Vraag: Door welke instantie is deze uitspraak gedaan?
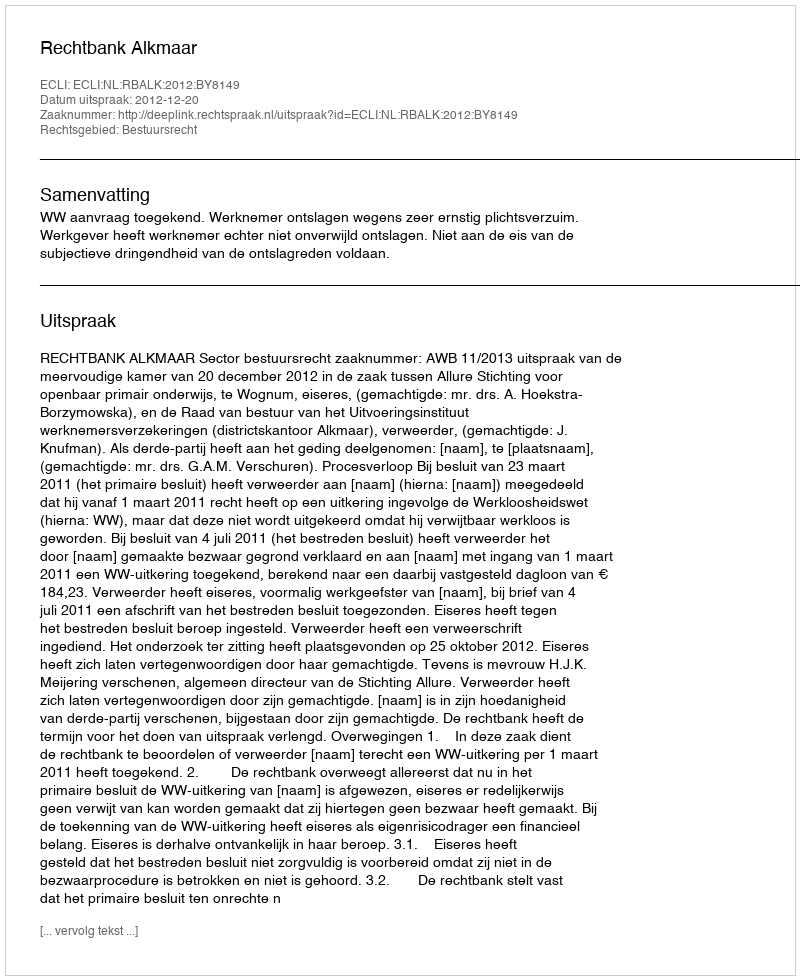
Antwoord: Rechtbank Alkmaar